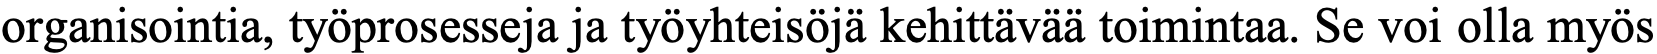
organisointia, työprosesseja ja työyhteisöjä kehittävää toimintaa. Se voi olla myös